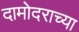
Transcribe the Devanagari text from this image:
दामोदराच्या